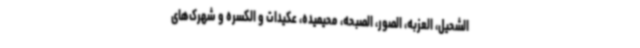
الشحیل، العزبه، الصور، الصبحه، محیمیده، عکیدات و الکسره و شهرک‌های